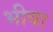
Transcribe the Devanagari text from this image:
भीवा